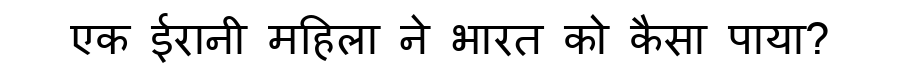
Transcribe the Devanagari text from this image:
एक ईरानी महिला ने भारत को कैसा पाया?